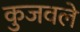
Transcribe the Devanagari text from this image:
कुजवले